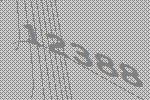
12388